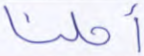
أحلنا